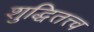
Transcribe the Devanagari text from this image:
शुद्धितत्त्व